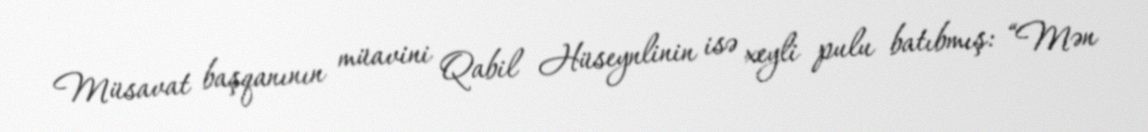
Müsavat başqanının müavini Qabil Hüseynlinin isə xeyli pulu batıbmış: “Mən